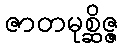
ဇာတမုစ္ဆိဇ္ဇ